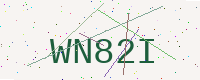
Text: WN82I